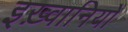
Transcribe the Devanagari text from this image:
इख़्वानियों